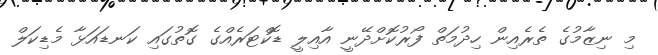
މި ނިޒާމުގެ ތެރެއިން ހިދުމަތް ފޯރުކޮށްދޭނީ އާއިލީ ޑޮކްޓަރެއްގެ ގޮތުގައި ކަނޑައަޅާ މެޑިކަލް